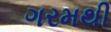
ગરમથી